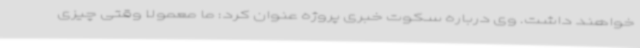
خواهند داشت. وی درباره سکوت خبری پروژه عنوان کرد: ما معمولا وقتی چیزی